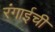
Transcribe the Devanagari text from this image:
रंगाईची